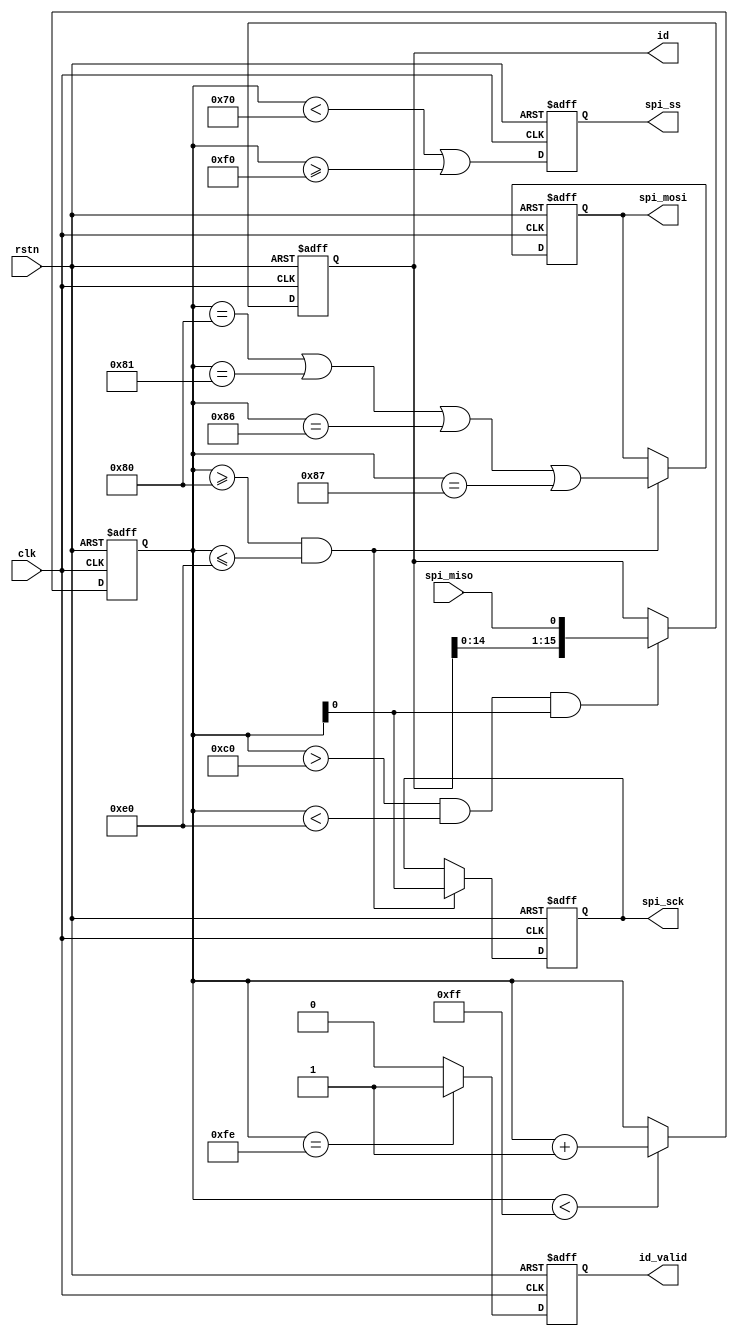
module flash_w25qxx_get_id (
    input  wire        rstn,
    input  wire        clk,
    // Flash SPI interface
    output reg         spi_ss,
    output reg         spi_sck,
    output reg         spi_mosi,
    input  wire        spi_miso,
    // ID output
    output reg         id_valid,
    output reg  [15:0] id
);


initial spi_ss   = 1'b1;
initial spi_sck  = 1'b0;
initial spi_mosi = 1'b0;

initial id_valid = 1'b0;
initial id       = 0;

reg [7:0] cnt = 0;


always @ (posedge clk or negedge rstn)
    if (~rstn) begin
        cnt <= 0;
    end else begin
        if (cnt < 8'hff)
            cnt <= cnt + 8'h1;
    end

always @ (posedge clk or negedge rstn)
    if (~rstn)
        spi_ss <= 1'b1;
    else
        spi_ss <= (cnt < 8'h70 || cnt >= 8'hf0);

always @ (posedge clk or negedge rstn)
    if (~rstn) begin
        spi_sck <= 1'b0;
        spi_mosi <= 1'b0;
    end else begin
        if (cnt >= 8'h80 && cnt <= 8'he0) begin
            spi_sck  <= cnt[0];
            spi_mosi <= (cnt == 8'h80 || cnt == 8'h81 || cnt == 8'h86 || cnt == 8'h87);
        end
    end

always @ (posedge clk or negedge rstn)
    if (~rstn) begin
        id_valid <= 1'b0;
        id <= 0;
    end else begin
        id_valid <= (cnt==8'hfe) ? 1'b1 : 1'b0;
        if (cnt > 8'hc0 && cnt < 8'he0 && cnt[0])
            id <= {id[14:0], spi_miso};
    end

endmodule